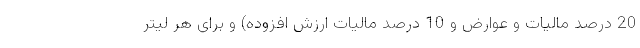
20 درصد مالیات و عوارض و 10 درصد مالیات ارزش افزوده) و برای هر لیتر